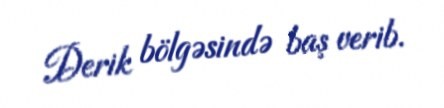
Derik bölgəsində baş verib.